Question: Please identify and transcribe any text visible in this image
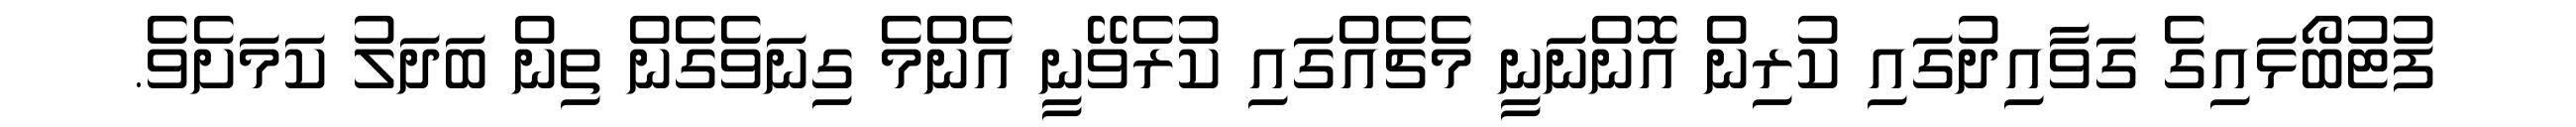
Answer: ފުޓުބޯޅައިގެ ގަވާއިދުގައި ކުރިން އޮންނަނީ މެޗެއްގައި ކުރެވޭނީ އެންމެ ގިނަވެގެން ތިން ބަދަލު ކަމަށެވެ.